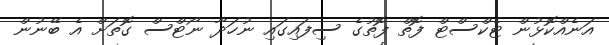
އަނެއްކޮޅުން ޓެކްސްޓް ފޮތް ފޮތުގެ ސިފައިގައި ނުހަދާ ނޯޓްސް ގޮތަށް އެ ބޭނުން